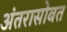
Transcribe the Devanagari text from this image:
अंतरासोबत